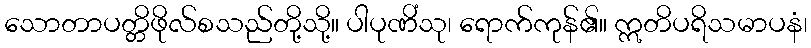
သောတာပတ္တိဖိုလ်စသည်တို့သို့။ ပါပုဏိံသု၊ ရောက်ကုန်၏။ ဣတိပရိသမာပနံ၊